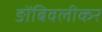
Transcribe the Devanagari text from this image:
ङोंबिवलीकर